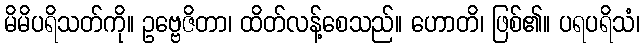
မိမိပရိသတ်ကို။ ဥဗ္ဗေဇိတာ၊ ထိတ်လန့်စေသည်။ ဟောတိ၊ ဖြစ်၏။ ပရပရိသံ၊